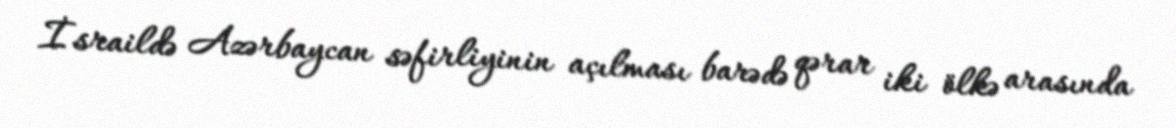
İsraildə Azərbaycan səfirliyinin açılması barədə qərar iki ölkə arasında